Document type: Sale
Year: 1461
Scribe: [Unknown]
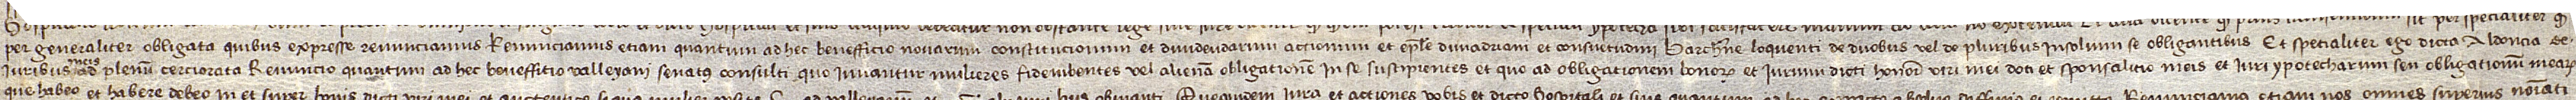
per generaliter obligata, quibus expresse renunciamus. Renunciamus etiam quantum ad hec benefficio novarum constitucionum et dividendarum actionum, et epistole divi Adriani, et consuetudini Barchinone loquenti de duobus vel de pluribus insolum se obligantibus. Et spetialiter ego dicta Aldoncia, de